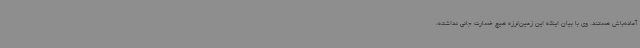
آماده‌باش هستند. وی با بیان اینکه این زمین‌لرزه هیچ خسارت جانی نداشته،